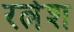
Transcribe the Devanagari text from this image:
रत्नेश